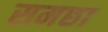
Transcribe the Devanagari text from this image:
समछा